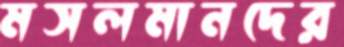
মসলমানদের